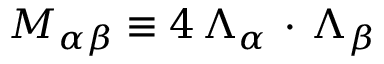
M _ { \alpha \beta } \equiv 4 \, \Lambda _ { \alpha } \, \cdot \, \Lambda _ { \beta }